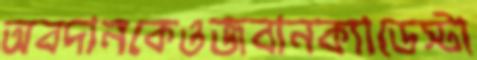
অবদানকেওজবানক্যাডেস্টা